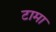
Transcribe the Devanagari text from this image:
टामा